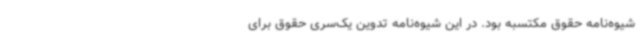
شیوه‌نامه حقوق مکتسبه بود. در این شیوه‌نامه تدوین یک‌سری حقوق برای